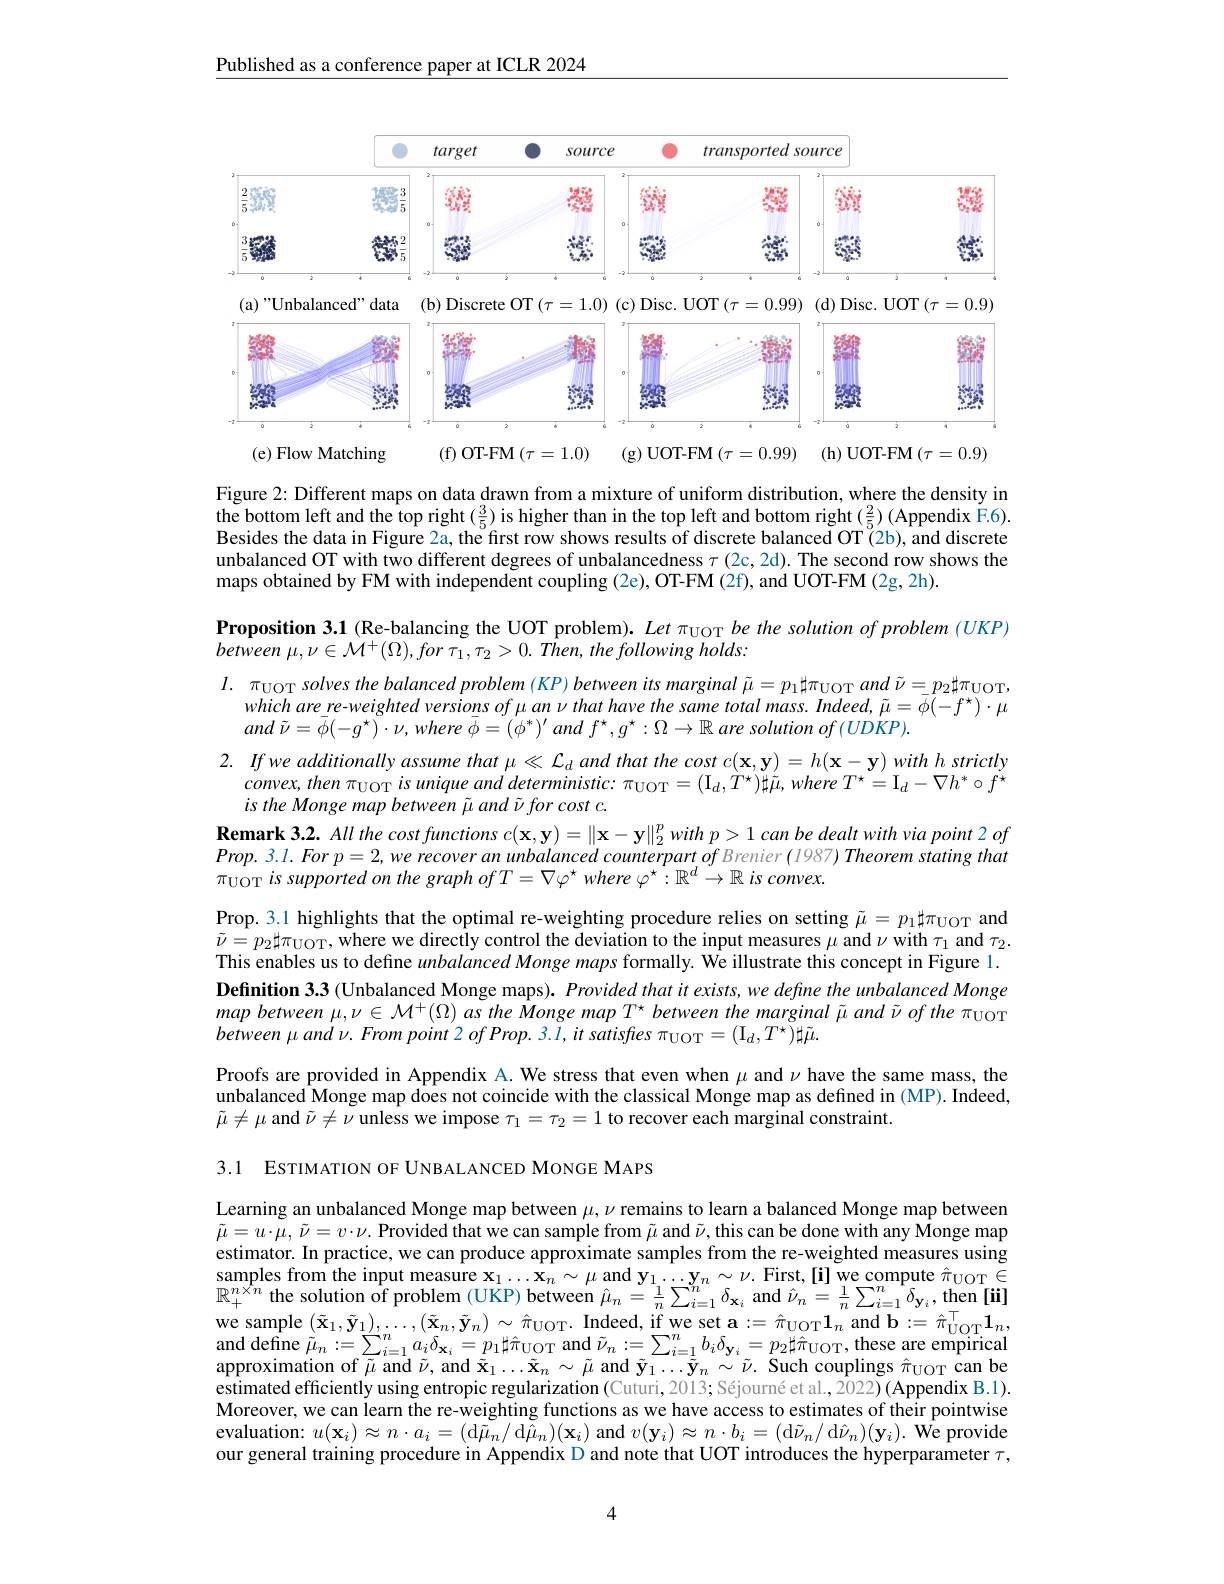
Published as a conference paper at ICLR 2024

<FigureHere>
(e) Flow Matching

( f) OT- FM ( $\tau$= 1. 0)

(g)UOT-FM$( \tau = 0. 99)$ (h)UOT-FM$(\tau=0.9)$

Figure 2: Different maps on data drawn from a mixture of uniform distribution, where the density in the bottom left and the top right$\left ( \frac 35\right )$is higher than in the top left and bottom right ( $\frac 25$) ( Appendix F. 6) . Dride th dri Fi cher than in the top left and bottom right$\left ( \frac 25\right )$( Appendix F. 6) . Besides the data in Figure 2a, the first row shows results $\hat{\text{of discrete balanced OT(2b), and discrete}}$ unbalanced OT with two different degrees of unbalancedness $\tau$ (2c,2d). The second row shows the maps obtained by FM with independent coupling (2e), OT-FM (2f), and UOT-FM (2g, 2h).
Proposition 3.1 (Re-balancing the UOT problem). Let π$_\mathrm{UOT}\textit{be the solution of problem ( UKP) }$
between $\mu , \nu \in \mathcal{M} ^{+ }( \Omega ) , for$ $\tau _{1}, \tau _{2}> 0.$ $Then$, the following $holds:$
$l.\pi_{\mathrm{UOT}}solvesthebalancedproblem(KP)betweenitsmarginal\tilde{\mu}=p_1\sharp\pi_{\mathrm{UOT}}and\tilde{\nu}=p_2\sharp\pi_{\mathrm{UOT}}$,
$whicharere-weightedversionsof\mu an\nu thathavethesametotalmass.Indeed,\tilde{\mu}=\bar{\phi}(-f^{\star})\cdot\mu$
and $\tilde{\nu } = \bar{\phi } ( - g^{\star }) \cdot \nu $, where $\bar{\phi } = ( \phi ^{* }) ^{\prime }$ and $f^{\star }, g^{\star }: \Omega \to \mathbb{R}$ are solution $of$ $( UDKP) .$
2. Ifwe additionally assume that $\mu \ll \mathcal{L} _{d}$ and that the cost $c( \mathbf{x} , \mathbf{y} ) = h( \mathbf{x} - \mathbf{y} )$ with $h$ strictly
$convex,then\pi_{\mathrm{UOT}}isuniqueanddeterministic:\pi_{\mathrm{UOT}}=(\mathrm{I}_{d},\dot{T}^{\star})\sharp\tilde{\mu},whereT^{\star}=\mathrm{I}_{d}-\nabla h^{*}\circ f^{\star}$
is the Monge map between $\tilde{\mu}$ and $\tilde{\nu } \textit{for cost c. }$
$\textbf{Remark 3. 2. All the cost functions }c( \mathbf{x} , \mathbf{y} ) = \| \mathbf{x} - \mathbf{y} \| _{2}^{p}with$ $p> 1$ can be dealt with via point 2 of $Prop.3.l.Forp=2,werecoveranunbalancedcounterpartofBrenier(1987)Theoremstatingthat$ $\pi_{\mathrm{UOT}}is$ supported on the graph ofT= $\nabla\varphi^\star$ where $\varphi^\star:\mathbb{R}^d\to\mathbb{R}$ is convex.
Prop. 3.1 highlights that the optimal re-weighting procedure relies on setting $\tilde{\mu}=p_1\sharp\pi_{\mathrm{UOT}}$ and $\tilde{\nu}=p_{2}\sharp\pi_{\mathrm{UOT}}$,where we directly control the deviation to the input measures $\mu$ and $\nu$ with $\tau_1$ and $\tau_2.$ This enables us to define unbalanced Monge maps formally. We illustrate this concept in Figure 1. Definition 3.3 (Unbalanced Monge maps). Provided that it exists, we define the unbalanced Monge map between $\mu,\nu\in\mathcal{M}^+(\Omega)$ as the Monge map T' between the marginal $\tilde{\mu}$ and $\tilde{\nu}$ of the $\pi_\mathrm{UOT}$ $between\mu and\nu.Frompoint2ofProp.3.l,itsatisfes\pi_{\mathrm{UOT}}=(\mathrm{I}_{d},T^{\star})\sharp\tilde{\mu}.$
Proofs are provided in Appendix A. We stress that even when $\mu$ and $\nu$ have the same mass, the unbalanced Monge map does not coincide with the classical Monge map as defined in (MP). Indeed, $\tilde{\mu}\neq\mu$ and $\tilde{\nu}\neq\nu$ unless we impose $\tau_1=\tau_2=1$ to recover each marginal constraint.

3.1 ESTIMATION OF UNBALANCED MONGE MAPS

Learning an unbalanced Monge map between $\mu,\nu$ remains to learn a balanced Monge map between $\tilde{\mu}=u\cdot\bar{\mu},\tilde{\nu}=v\cdot\nu.$ Provided that we can sample from $\tilde{\mu}$ and $\tilde{\nu}$,this can be done with any Monge map estimator. In practice, we can produce approximate samples from the re-weighted measures using samples from the input measure $\mathbf{x} _{1}\ldots \mathbf{x} _{n}\sim \mu \mathrm{~and~y}_{1}\ldots \mathbf{y} _{n}\sim \nu .$ First, [ i] we compute $\hat{\pi } _{\mathrm{UOT}}\in$ $\mathbb{D} ^{n\times n}\cdot \mathbf{th}=$ adution af aroblom $( \mathcal{I} V) \cdot \mathbf{b} \cdot \mathbf{t} \mathbf{t} \mathbf{u} \cdot \mathbf{\hat{x} } _{n}- 1\sum ^{n}\mathbf{a} \mathbf{d} \hat{x} _{n}- 1\sum ^{n}\mathbf{a} \mathbf{d} \hat{x} _{n}- 1\sum ^{n}\mathbf{b} \mathbf{a} ^{n}\mathbf{t} \mathbf{b} \mathbf{\hat{x} }$ $\mathbb{R}_+^{n\times n}$ the solution of problem (UKP) between $\hat{\mu}_n=\frac1n\sum_{i=1}^n\delta_{\mathbf{x}_i}$ and $\hat{\nu}_n=\frac1n\sum_{i=1}^n\delta_{\mathbf{y}_i}$, then[ii] we sample $( \tilde{\mathbf{x} } _{1}, \tilde{\mathbf{y} } _{1}) , \ldots , ( \tilde{\mathbf{x} } _{n}, \tilde{\mathbf{y} } _{n}) \sim \hat{\pi } _{\mathrm{UOT}}.$Indeed, if we set a$: = \hat{\pi } _{\mathrm{UOT}}\mathbf{1} _{n}$ and b$: = \hat{\pi } _{\mathrm{UOT}}^{\top }\mathbf{1} _{n}$, and define $\tilde{\mu } _{n}: = \sum _{i= 1}^{n}a_{i}\delta _{\mathbf{x} _{i}}= p_{1}| \hat{\pi } _{\mathrm{UOT}} $and $\tilde{\nu } _{n}: = \sum _{i= 1}^{n}b_{i}\delta _{\mathbf{y} _{i}}= p_{2}\sharp \hat{\pi } _{\mathrm{UOT}}$,these are empirical approximation of $\tilde{\mu } $and $\tilde{\nu } , $and $\tilde{\mathbf{x} } _{1}\ldots \tilde{\mathbf{x} } _{n}\sim \tilde{\mu } $and $\tilde{\mathbf{y} } _{1}\ldots \tilde{\mathbf{y} } _{n}$ estimated efficiently using entropic regularization (Cuturi,2013; Séjourné et al., 2022)(Appendix B.1). Moreover, we can learn the re-weighting functions as we have access to estimates of their pointwise $e$valuation: $u( \mathbf{x} _{i}) \approx n\cdot a_{i}= ($d$\tilde{\mu } _n/$ d$\tilde{\mu}_{n})(\mathbf{x}_{i})$ and $v(\mathbf{y}_{i})\approx n\cdot b_{i}=($d$\tilde{\nu}_{n}/$ d$\hat{\nu}_{n})(\mathbf{y}_{i}).$ We provide our general training procedure in Appendix D and note that UOT introduces the hyperparameter $\tau$,

4